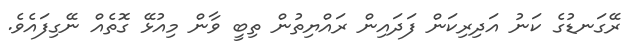
ރޭގަނޑުގެ ކަނު އަދިރިކަން ފަދައިން ރައްޔިތުން ތިބީ ވާން މިއުޅޭ ގޮތެއް ނޭގިފައެވެ.